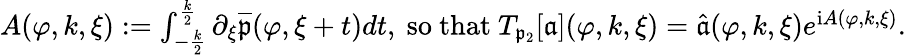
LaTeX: \begin{array}{r}{A(\varphi,k,\xi):=\int_{-\frac{k}2}^{\frac{k}2}\partial_{\xi}\overline{{\mathfrak{p}}}(\varphi,\xi+t)dt,\mathrm{~so~that~}T_{\mathfrak{p}_{2}}[\mathfrak{a}](\varphi,k,\xi)=\widehat{\mathfrak{a}}(\varphi,k,\xi)e^{\mathrm{i}A(\varphi,k,\xi)}.}\end{array}